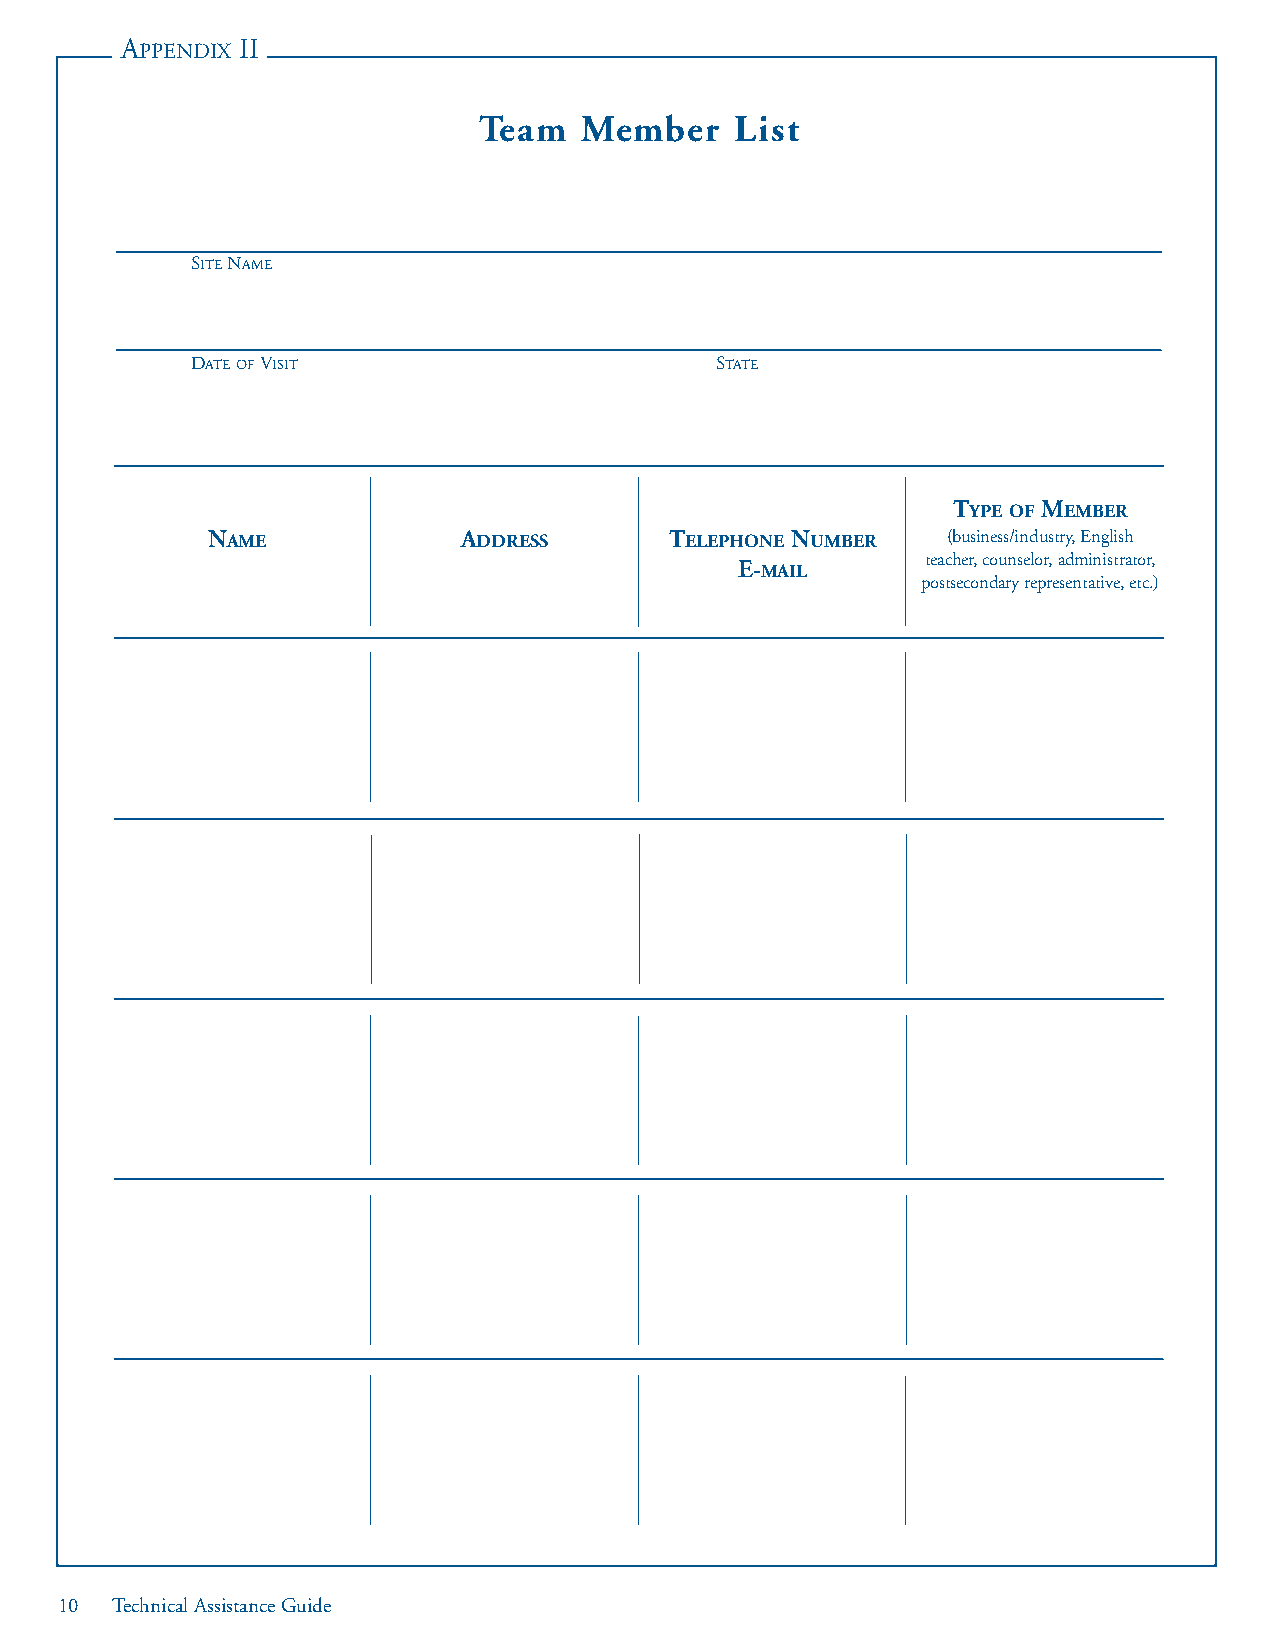
APPENDIX II
 Team  Member     List
 SITENAME
 DATEOFVISIT                       STATE
 TYPE OF MEMBER
 NAME             ADDRESS      TELEPHONE NUMBER   (business/industry, English
 teacher, counselor, administrator,
 E-MAIL
 postsecondary representative, etc.)
 10 Technical Assistance Guide